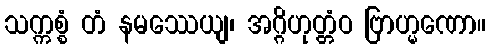
သက္ကစ္စံ တံ နမဿေယျ၊ အဂ္ဂိဟုတ္တံဝ ဗြာဟ္မဏော။